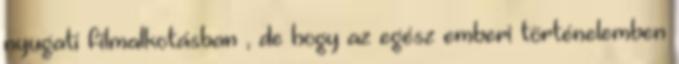
nyugati filmalkotásban , de hogy az egész emberi történelemben